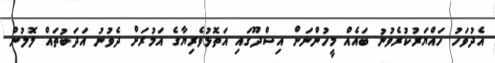
އެދުވަހު ހައްޔަރުކުރެވުނު ބައެއް މީހުންނަށް އިސްދޫގައި އަތޮޅުވެރިޔާގެ އަމުރަށް ދެވުނު އަދަބުތައް ލޮލުން